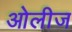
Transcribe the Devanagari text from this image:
ओलीज